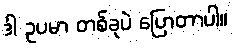
ဒါ ဥပမာ တစ်ခုပဲ ပြောတာပါ။